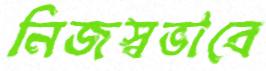
নিজস্বভাবে